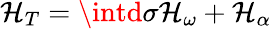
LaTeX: \mathcal{H}_{T}=\intd{\sigma}{\cal\mathcal{H}}_{\omega}+\mathcal{H}_{\alpha}